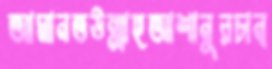
আমানতউল্লাহআশানুরচান্